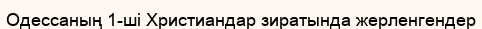
Одессаның 1-ші Христиандар зиратында жерленгендер